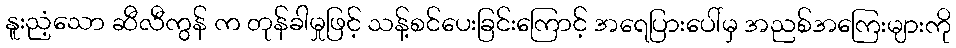
နူးညံ့သော ဆီလီကွန် က တုန်ခါမှုဖြင့် သန့်စင်ပေးခြင်းကြောင့် အရေပြားပေါ်မှ အညစ်အကြေးများကို